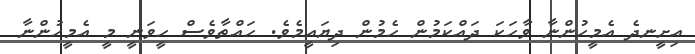
އިށީނދެ އެމީހުންނާ ވާހަކަ ދައްކަމުން ހެމުން ދިޔައީމެވެ. ހައްތާވެސް ހީވަނީ މީ އެމީހުންނާ